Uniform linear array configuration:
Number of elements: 64
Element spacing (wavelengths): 1
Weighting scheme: hann
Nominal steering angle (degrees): -15
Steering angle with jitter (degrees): -15.132
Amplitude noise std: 0.05
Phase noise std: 0.05

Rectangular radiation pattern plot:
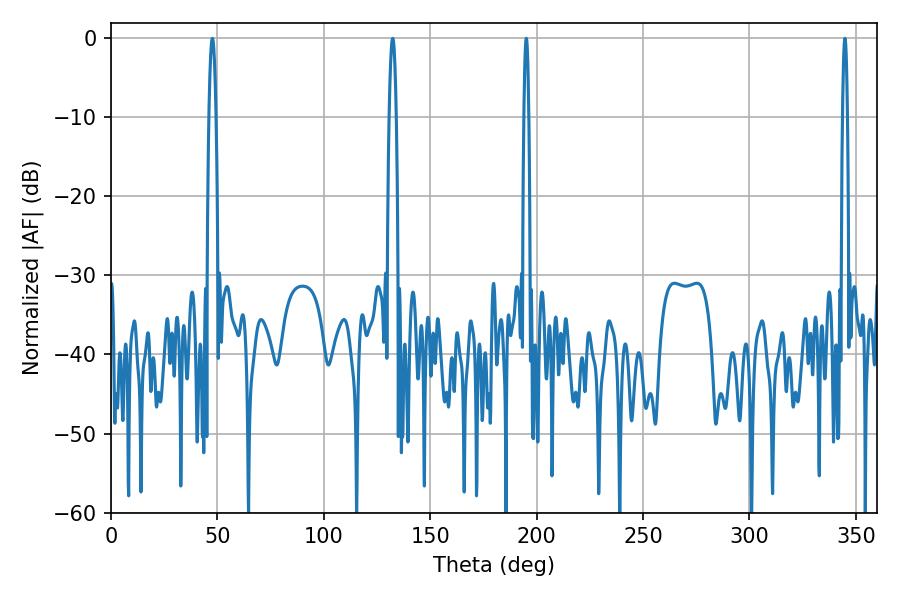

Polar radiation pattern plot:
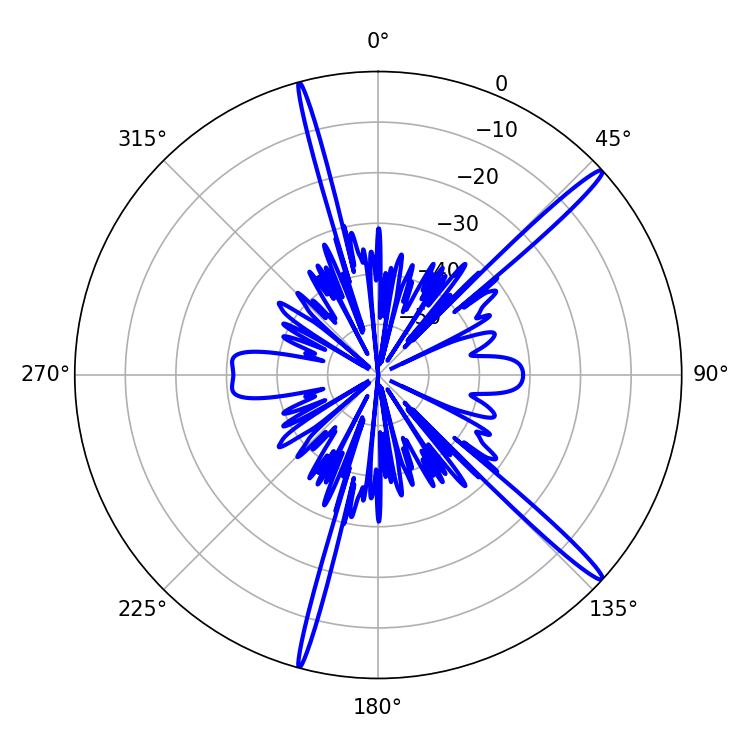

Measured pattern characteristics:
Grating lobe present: TRUE
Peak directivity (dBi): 17.052
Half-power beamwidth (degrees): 1.08
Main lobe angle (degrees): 195.12